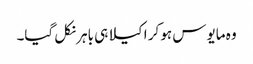
وہ مایوس ہو کر اکیلا ہی باہر نکل گیا۔